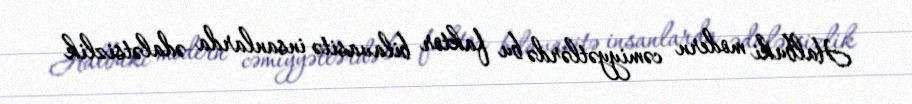
Halbuki modern cəmiyyətlərdə bu faktor bilavasitə insanlarda ədalətsizlik